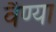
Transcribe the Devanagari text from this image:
वैण्या